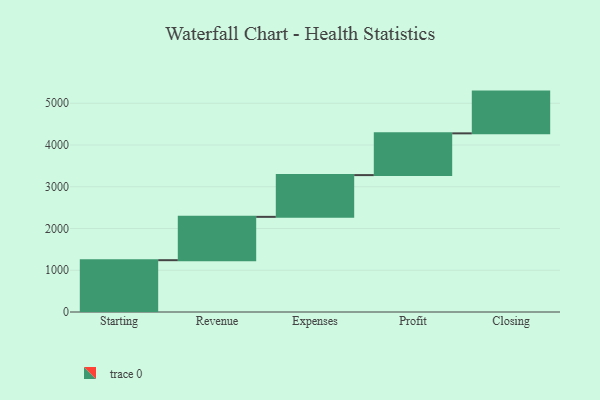
{"axis": {"x": "Step", "y": "Value"}, "legend": [""], "data": [{"x": "Starting", "y": 1241.0, "type": ""}, {"x": "Revenue", "y": 1038.0, "type": ""}, {"x": "Expenses", "y": 1000, "type": ""}, {"x": "Profit", "y": 1000, "type": ""}, {"x": "Closing", "y": 1000, "type": ""}]}